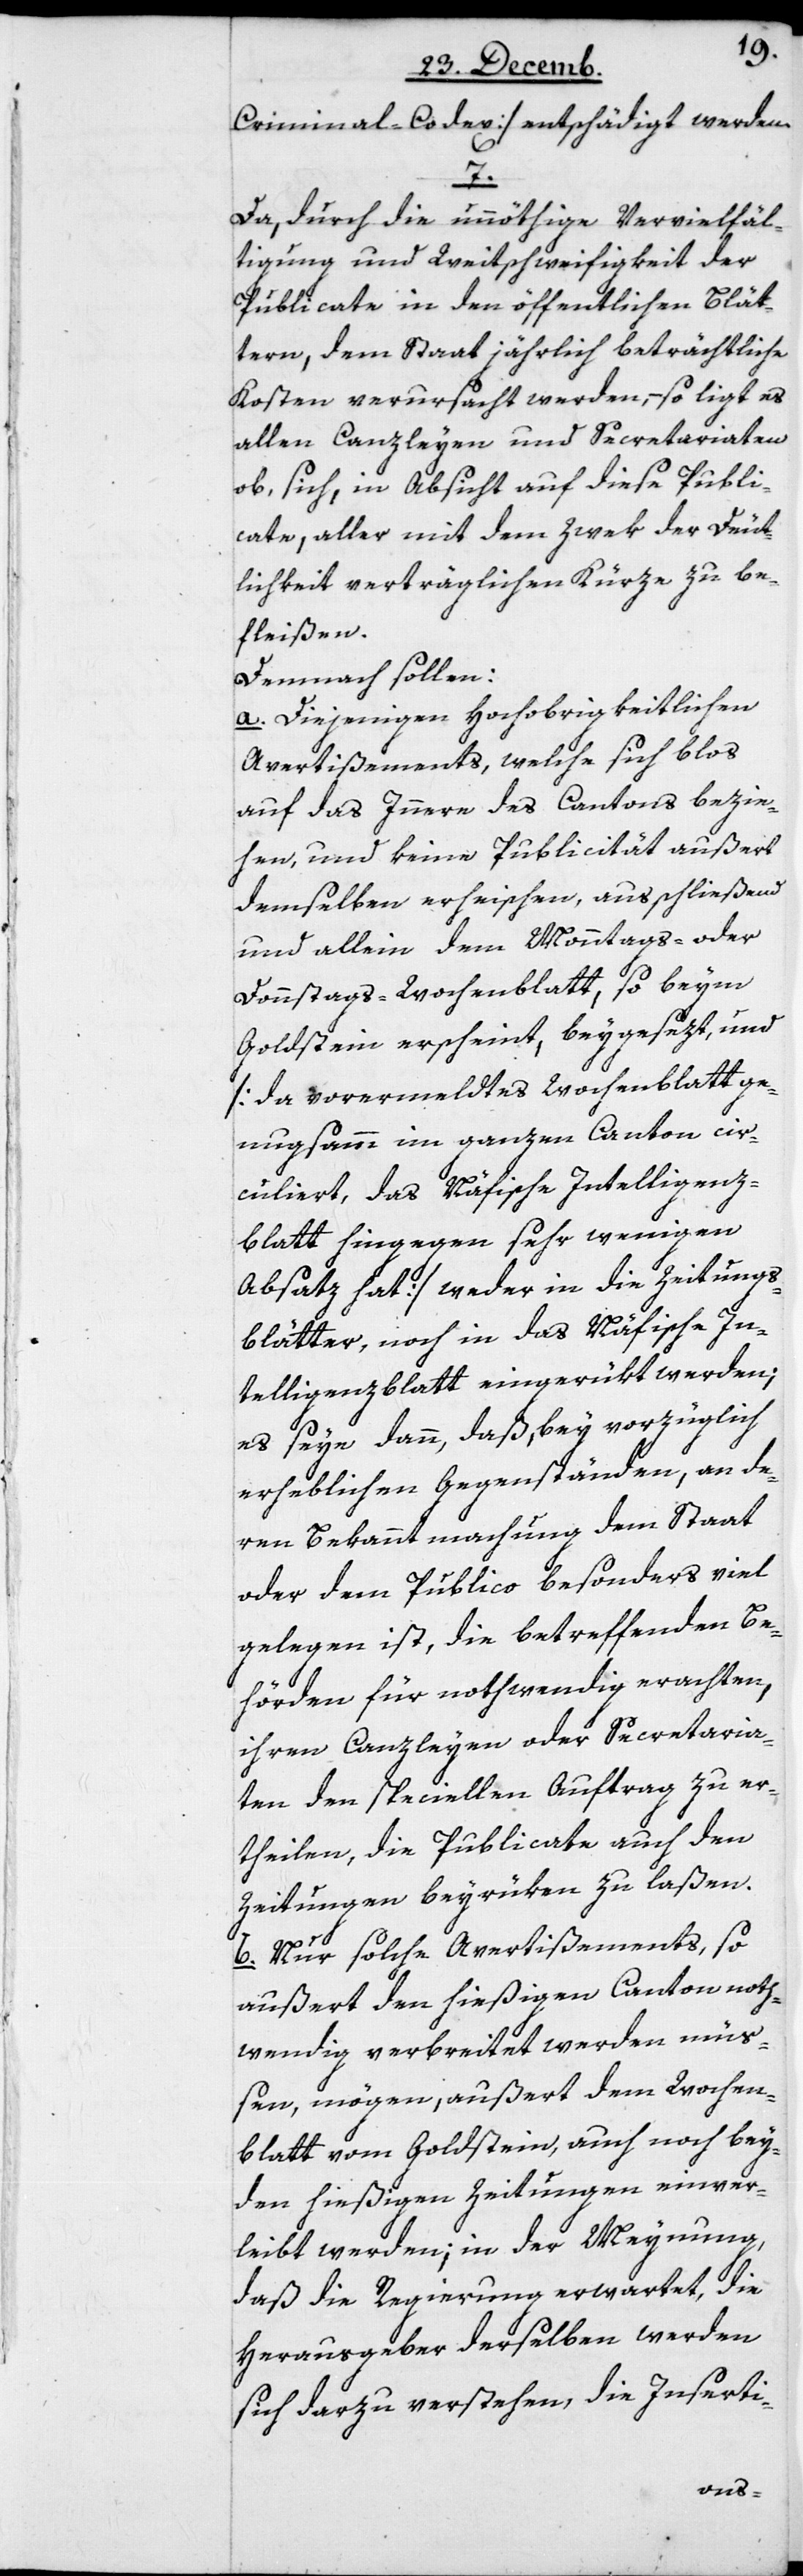
Criminal-Codex] entschädigt werden.
7.
Da, durch die unnöthige Vervielfäl¬
tigung und Weitschweifigkeit der
Publicate in den öffentlichen Blät¬
tern, dem Staat jährlich beträchtliche
Kosten verursacht werden, – so ligt es
allen Canzleyen und Secretariaten
ob, sich, in Absicht auf diese Publi¬
cate, aller mit dem Zwek der Deut¬
lichkeit verträglichen Kürze zu be¬
fleißen.
Demnach sollen:
a) diejenigen Hochobrigkeitlichen
Avertißements, welche sich blos
auf das Innere des Cantons bezie¬
hen und keine Publicität außert
demselben erheischen, ausschließend
und allein dem Monntags- oder
Donnstags-Wochenblatt, so beym
Goldstein erscheint, beygesezt, und
[da vorermeldtes Wochenblatt ge¬
nugsamm im ganzen Canton cir¬
culiert, das Näfische Intelligenz¬
blatt hingegen sehr wenigen
Absatz hat], weder in die Zeitungs¬
blätter noch in das Näfische In¬
telligenzblatt eingerükt werden;
es seye dann, daß, bey vorzüglich
erheblichen Gegenständen, an de¬
ren Bekanntmachung dem Staat
oder dem Publico besonders viel
gelegen ist, die betreffenden Be¬
hörden für nothwendig erachten,
ihren Canzleyen oder Secretaria¬
ten den speciellen Auftrag zu er¬
theilen, die Publicate auch den
Zeitungen beyrüken zu laßen.
b) Nur solche Avertißements, so
außert den hießigen Canton noth¬
wendig verbreitet werden müß¬
en, mögen außert dem Wochen¬
blatt vom Goldstein, auch noch bey¬
den hießigen Zeitungen einver¬
leibt werden; in der Meynung,
daß die Regierung erwartet, die
Herausgeber derselben werden
sich dazu verstehen, die Inserti-